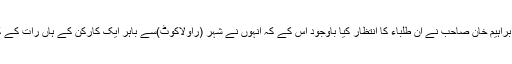
اس رات دس بجے تک خالد ابراہیم خان صاحب نے ان طلباء کا انتظار کیا باوجود اس کے کہ انہوں نے شہر (راولاکوٹ)سے باہر ایک کارکن کے ہاں رات کے کھانے کا وقت دے رکھا تھا۔